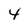
Character: 4